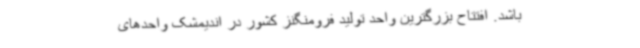
باشد. افتتاح بزرگترین واحد تولید فرومنگنز کشور در اندیمشک واحدهای